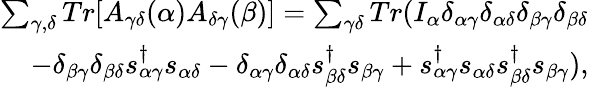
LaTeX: \begin{array}{r}{{\sum_{\gamma,\delta}Tr[A_{\gamma\delta}(\alpha)A_{\delta\gamma}(\beta)]=\sum_{\gamma\delta}Tr(I_{\alpha}\delta_{\alpha\gamma}\delta_{\alpha\delta}\delta_{\beta\gamma}\delta_{\beta\delta}}}\\ {{-\delta_{\beta\gamma}\delta_{\beta\delta}s_{\alpha\gamma}^{\dagger}s_{\alpha\delta}-\delta_{\alpha\gamma}\delta_{\alpha\delta}s_{\beta\delta}^{\dagger}s_{\beta\gamma}+s_{\alpha\gamma}^{\dagger}s_{\alpha\delta}s_{\beta\delta}^{\dagger}s_{\beta\gamma})},}\end{array}